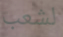
لشعب